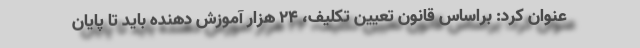
عنوان کرد: براساس قانون تعیین تکلیف، ۲۴ هزار آموزش دهنده باید تا پایان